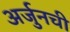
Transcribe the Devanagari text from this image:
अर्जुनची